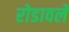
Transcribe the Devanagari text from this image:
रोडावले